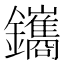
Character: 鑴